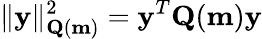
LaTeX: \| \mathbf{y}\| _{\mathbf{Q}(\mathbf{m})}^{2}=\mathbf{y}^{T}\mathbf{Q}(\mathbf{m})\mathbf{y}